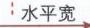
\text{水平宽}